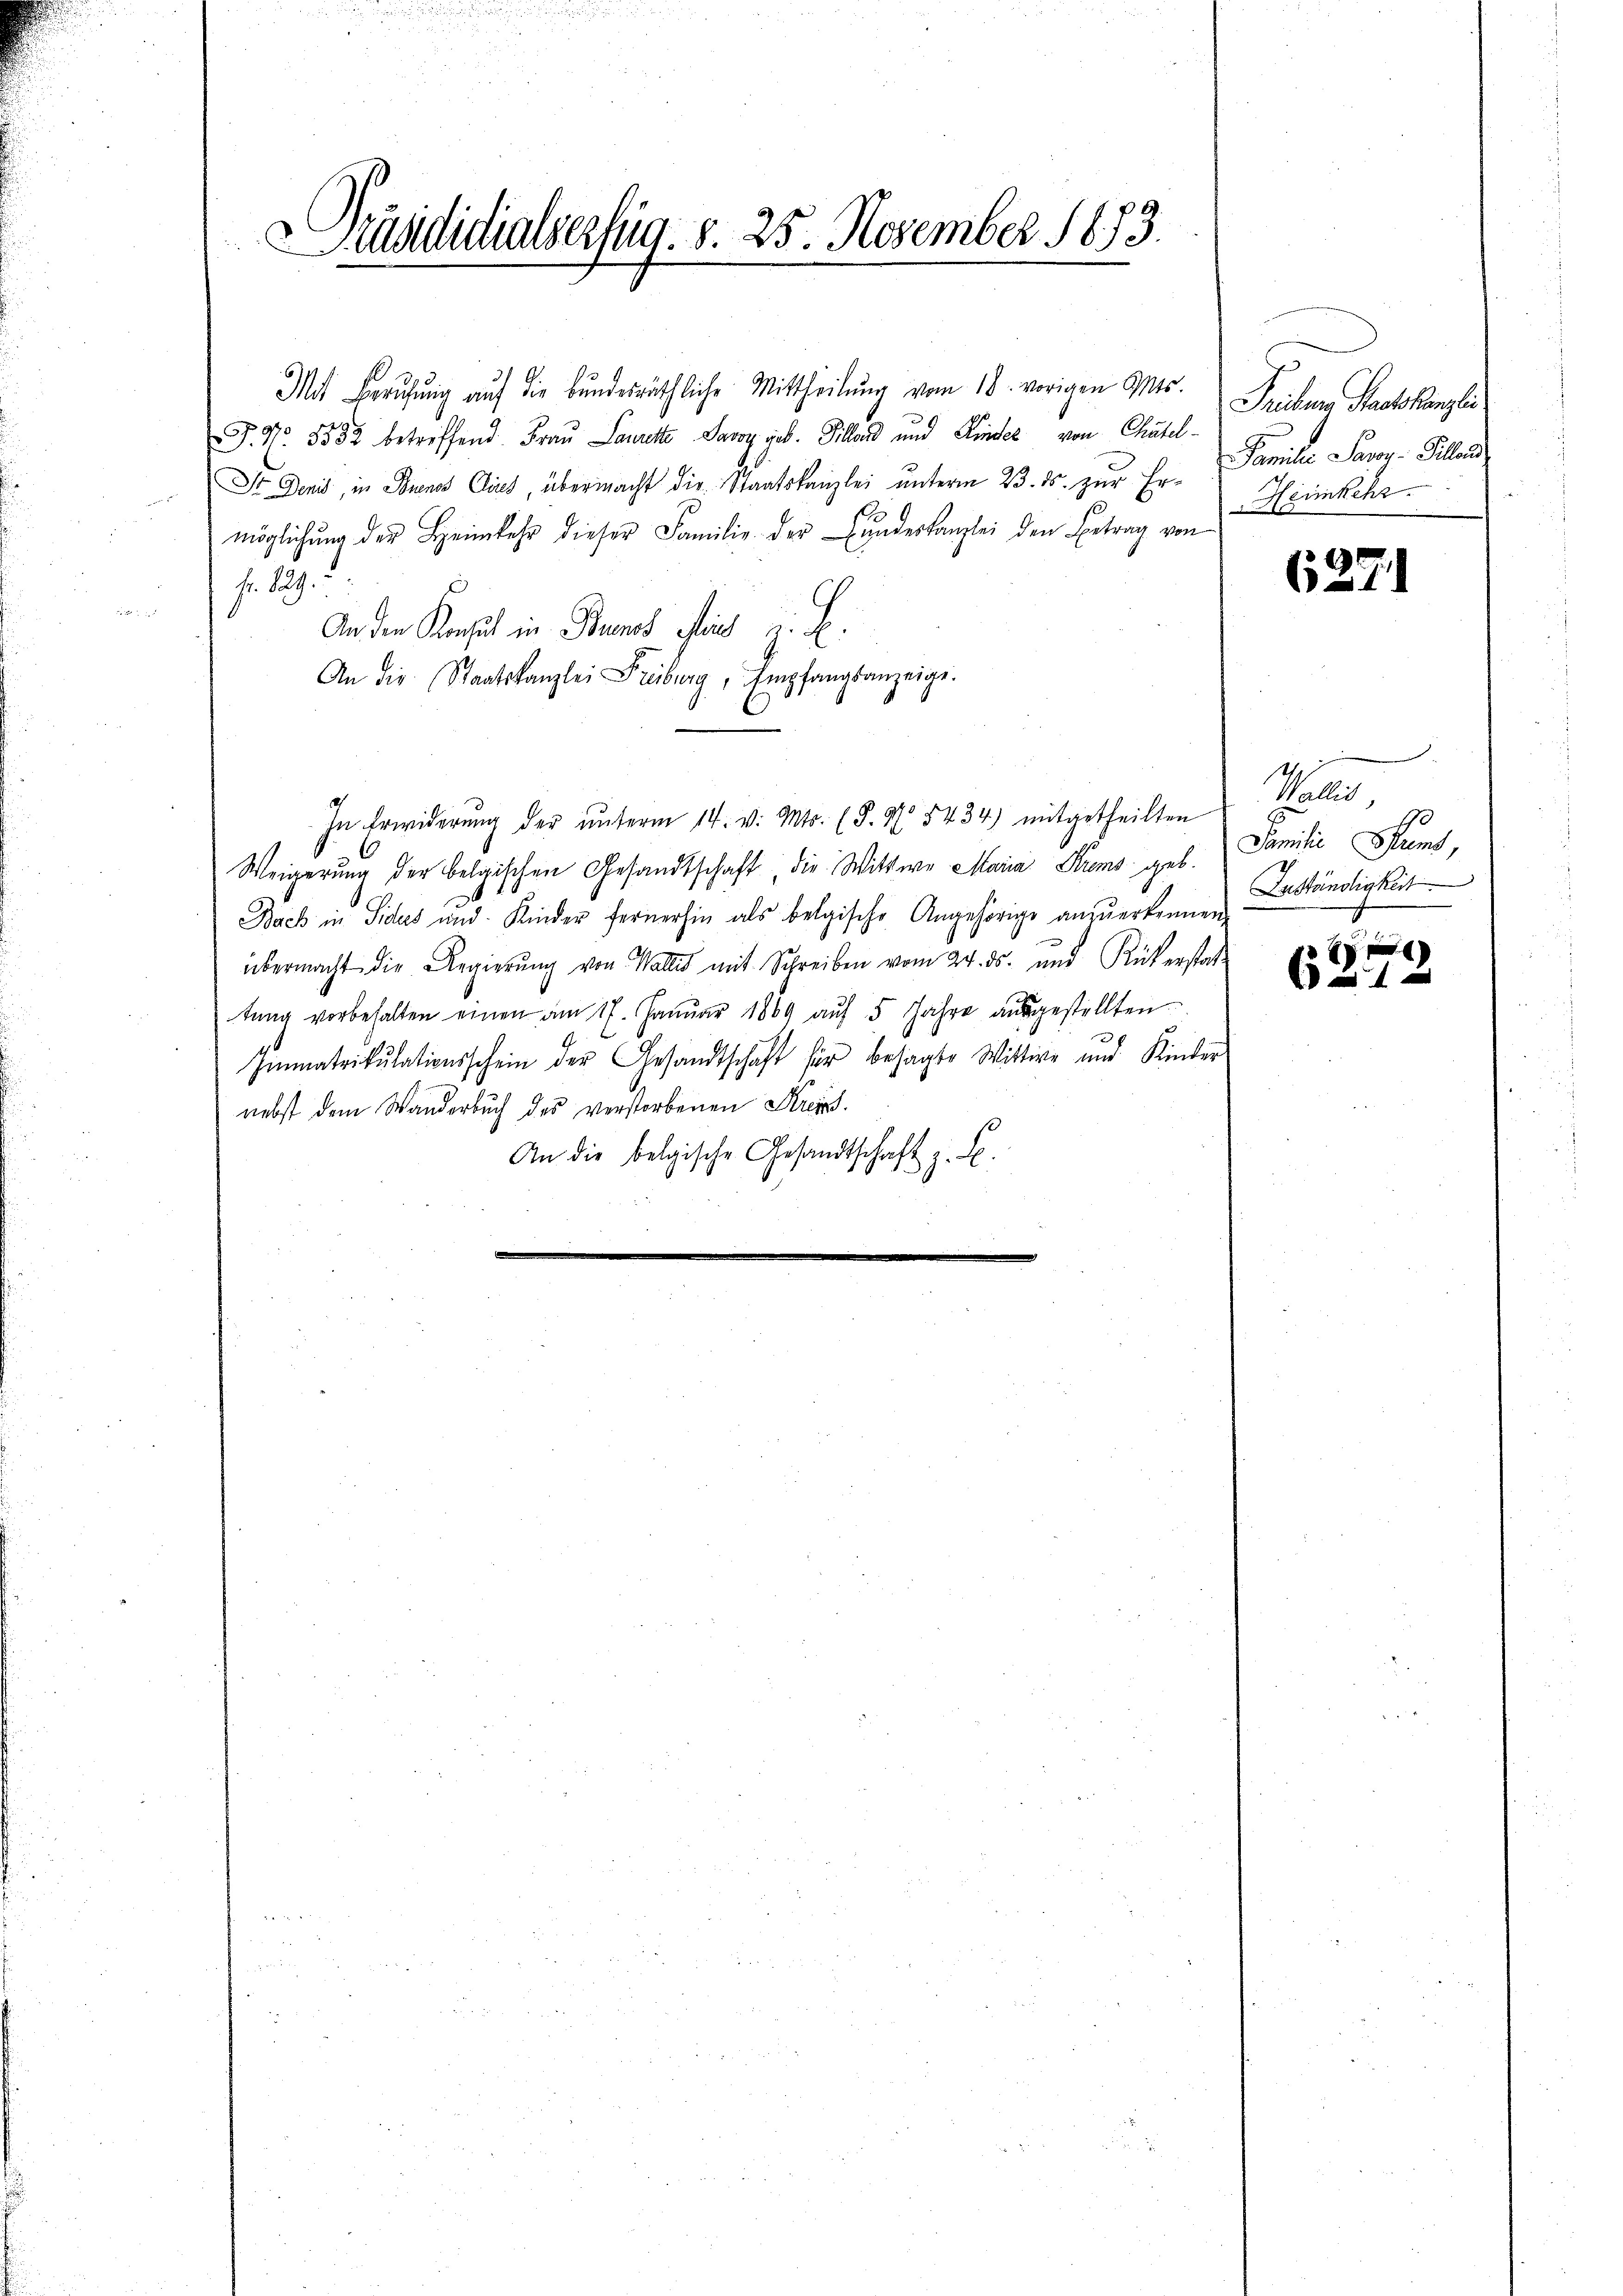
Pruadidialserfug. d. 25. November 1873.

Mit Berufung auf die bundesräthliche Mittheilŭng vom 18. vorigen Mts.
F. N. 5552 betreffend Frau Laurette Savoy geb. Silland und Kinder von Chatel
St Denis, in Buenos Clius, übermacht die Staatskanzlei unterm 23. ds. zur Ermöglichung der Heimkehr dieser Familie der Bundeskanzlei den Betrag von
Fr. 129.
An die Konsul in Buenos sein u. b.
An die Staatskanzlei Freiburg, Empfangsanzeige.
In Erwiderung der ŭnterm 14. v. Mts. (§. N. 5434) mitgetheilten
Weigerung der belgischen Gesandtschaft die Wittwe Maria Krems geb.
Bach in Siders und Kinder fernerhin als belgische Angehörige anzuerkennen
übermacht die Regierŭng von Wallis mit Schreiben vom 24. ds. und Rükerstattŭng vorbehalten einen am 17. Januar 1869 auf 5 Jahre ausgestellten
Immatrikulationsschein der Gesandtschaft für besagte Wittwe und Kinder
nebst dem Wanderbuch des verstorbenen Kreiss.
An die belgische Gesandtschaft z. B.

Tribuer Staatskanzli
Familie Paron Pillend
Heimkehr

6271

h
Wallis,
Familie Stumt,
Zuständigkeit

)
1